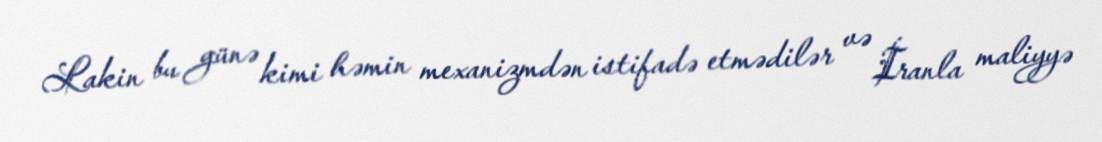
Lakin bu günə kimi həmin mexanizmdən istifadə etmədilər və İranla maliyyə